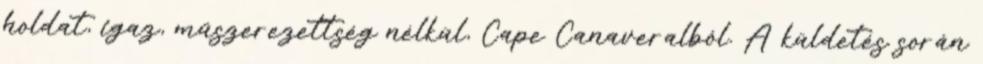
holdat, igaz, műszerezettség nélkül, Cape Canaveralból. A küldetés során